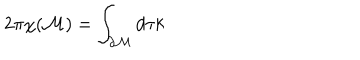
2 \pi \chi ( \mathcal { M } ) = \int _ { \partial { \cal M } } d \tau k